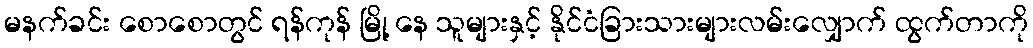
မနက်ခင်း စောစောတွင် ရန်ကုန် မြို့ နေ သူများနှင့် နိုင်ငံခြားသားများလမ်းလျှောက် ထွက်တာကို